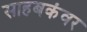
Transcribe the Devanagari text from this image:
साहबकंवर